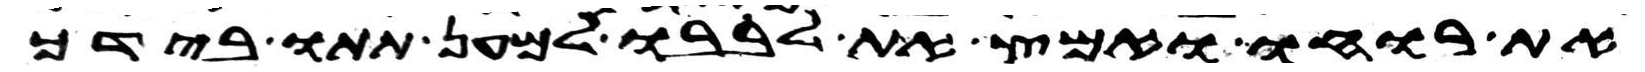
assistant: את רוחו ואמץ את לבבו למען תתו בידך